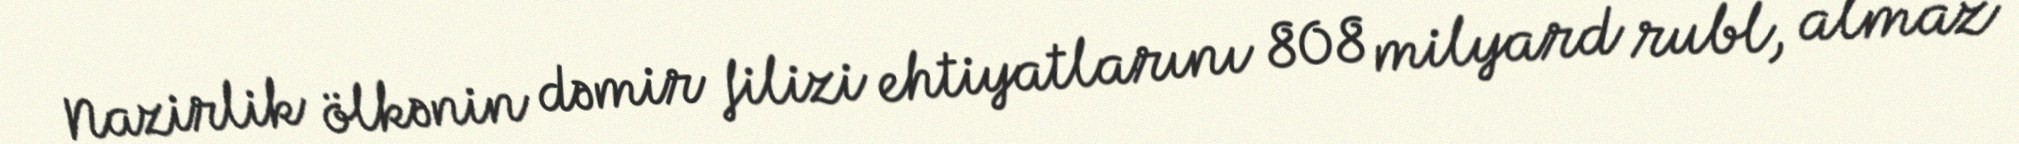
Nazirlik ölkənin dəmir filizi ehtiyatlarını 808 milyard rubl, almaz